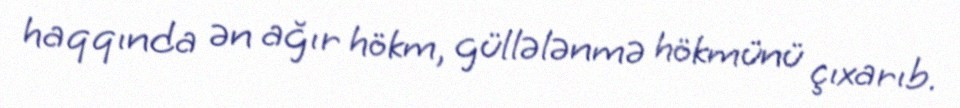
haqqında ən ağır hökm, güllələnmə hökmünü çıxarıb.